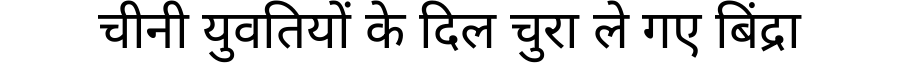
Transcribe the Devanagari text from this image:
चीनी युवतियों के दिल चुरा ले गए बिंद्रा